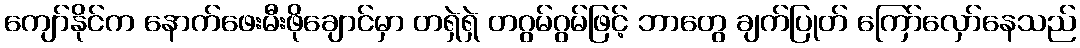
ကျော်နိုင်က နောက်ဖေးမီးဖိုချောင်မှာ တရှဲရှဲ တဂွမ်ဂွမ်ဖြင့် ဘာတွေ ချက်ပြုတ် ကြော်လှော်နေသည်